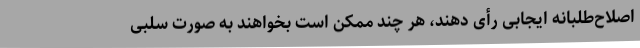
اصلاح‌طلبانه ایجابی رأی دهند، هر چند ممکن است بخواهند به صورت سلبی